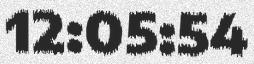
12:05:54